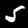
Digit: 5